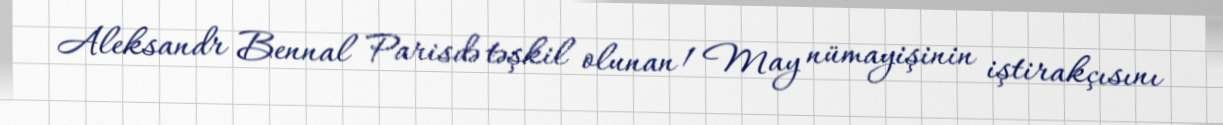
Aleksandr Bennal Parisdə təşkil olunan 1 May nümayişinin iştirakçısını